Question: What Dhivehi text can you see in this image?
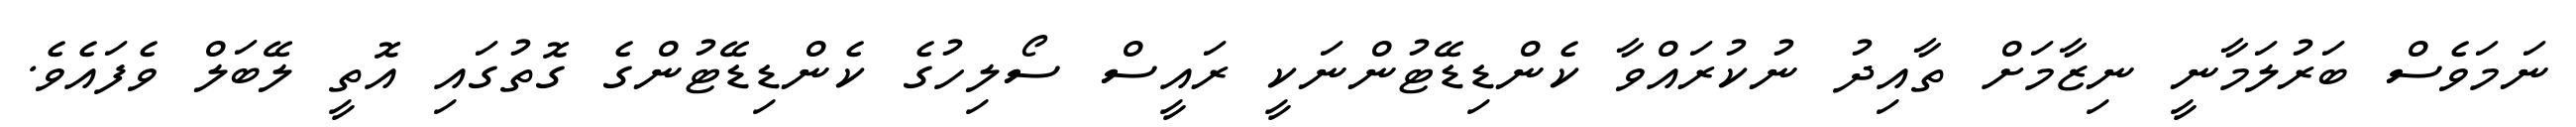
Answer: ނަމަވެސް ބަރުލަމާނީ ނިޒާމަށް ތާއިދު ނުކުރައްވާ ކެންޑިޑޭޓުންނަކީ ރައީސް ސޯލިހުގެ ކެންޑިޑޭޓުންގެ ގޮތުގައި އޮތީ ލޭބަލް ވެފައެވެ.